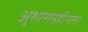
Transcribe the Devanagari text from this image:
अुशासनहीनता